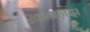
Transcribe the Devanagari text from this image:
ख़ानज़दा